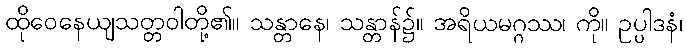
ထိုဝေနေယျသတ္တဝါတို့၏။ သန္တာနေ၊ သန္တာန်၌။ အရိယမဂ္ဂဿ၊ ကို။ ဥပ္ပါဒနံ၊